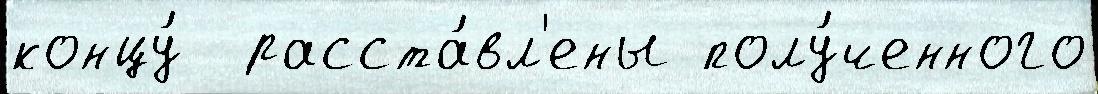
концу́  расста́вл'ены полу́ченного